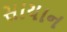
સાયાન